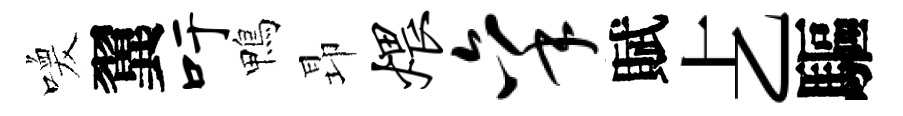
喚翼吁鴨昻煨秉賦𠧒驅